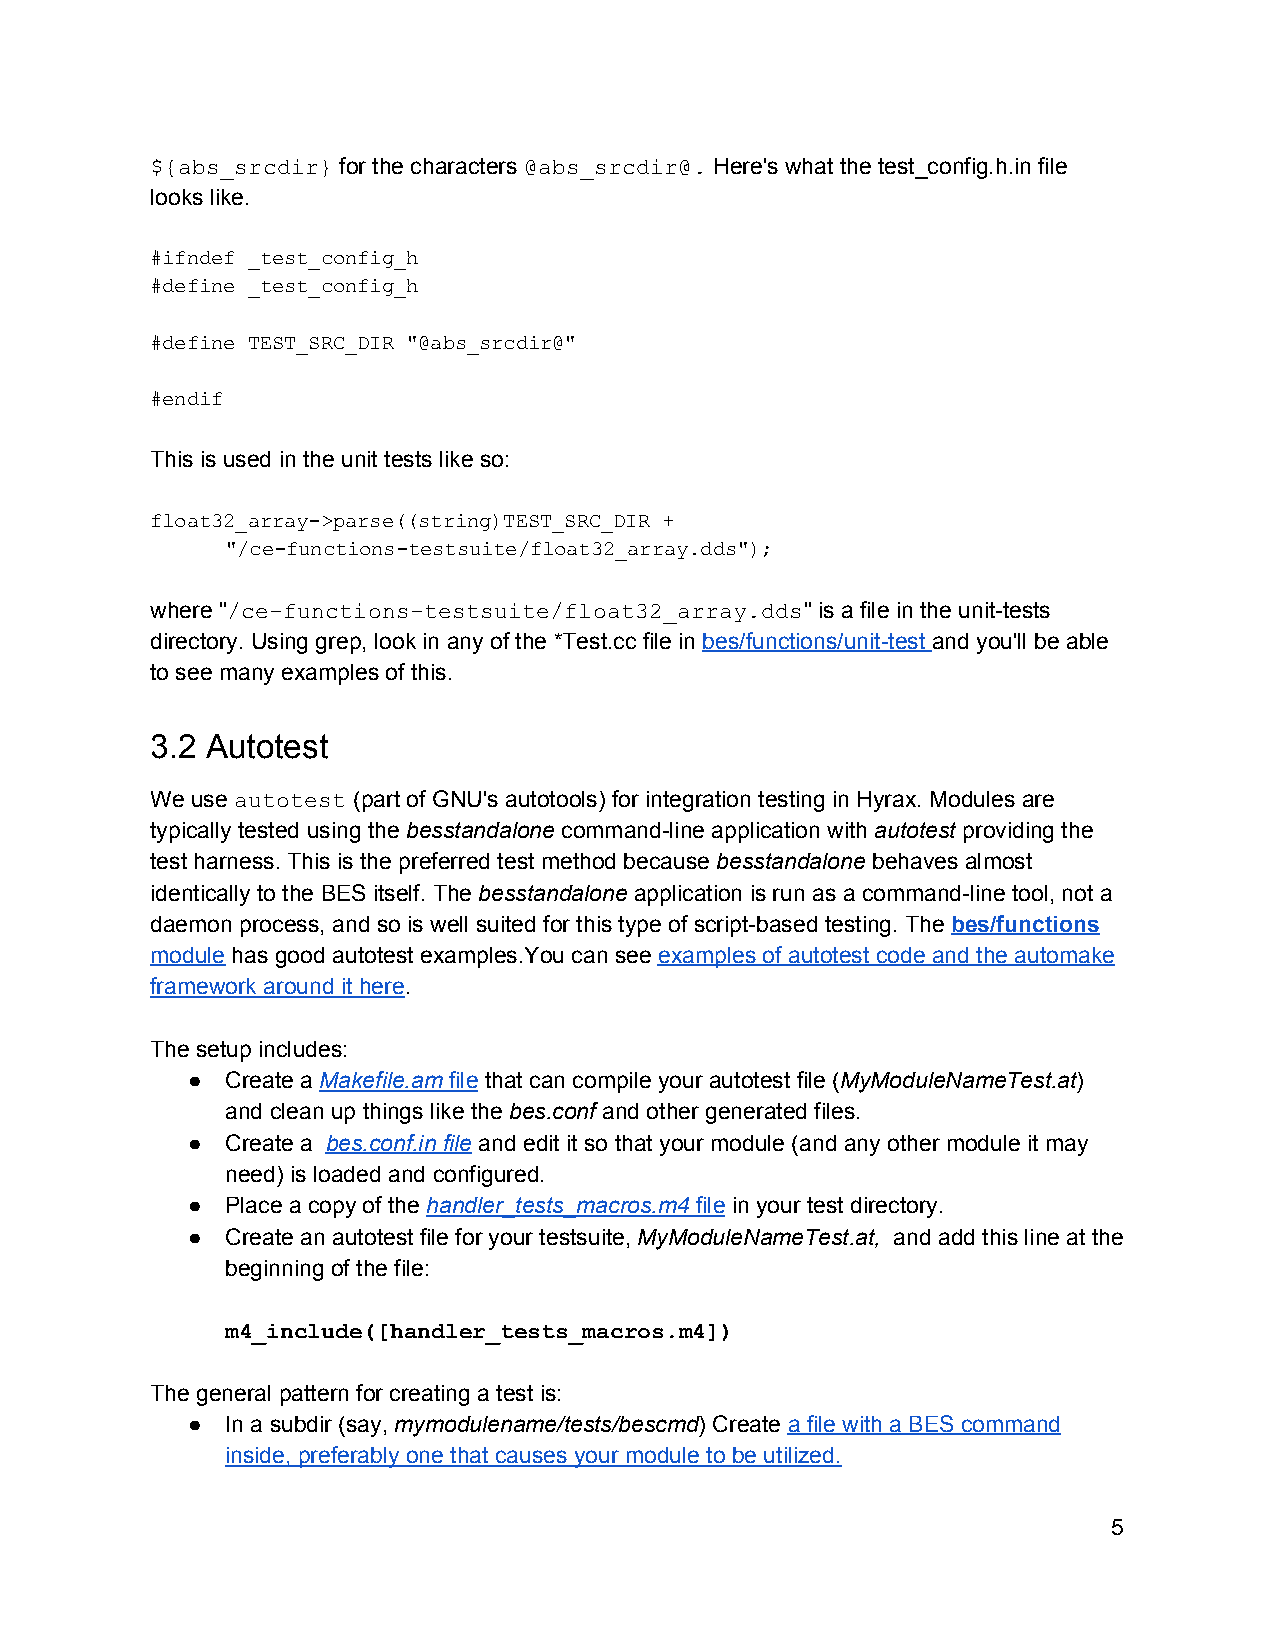
${abs_srcdir} for the characters @abs_srcdir@. Here's what the test_config.h.in file
 ​            ​           ​
 looks like.
 #ifndef _test_config_h
 #define _test_config_h
 #define TEST_SRC_DIR "@abs_srcdir@"
 #endif
 This is used in the unit tests like so:
 float32_array­>parse((string)TEST_SRC_DIR +
 "/ce­functions­testsuite/float32_array.dds");
 where "/ce­functions­testsuite/float32_array.dds" is a file in the unit­tests
 ​                                     ​
 directory. Using grep, look in any of the *Test.cc file in bes/functions/unit­test and you'll be able
 ​              ​
 to see many examples of this.
 3.2 Autotest
 We use autotest (part of GNU's autotools) for integration testing in Hyrax. Modules are
 ​       ​
 typically tested using the besstandalone command­line application with autotest providing the
 ​        ​                     ​    ​
 test harness. This is the preferred test method because besstandalone behaves almost
 ​         ​
 identically to the BES itself. The besstandalone application is run as a command­line tool, not a
 ​        ​
 daemon process, and so is well suited for this type of script­based testing. The bes/functions
 ​
 module has good autotest examples.You can see examples of autotest code and the automake
 ​                            ​
 framework around it here.
 ​
 The setup includes:
 ●  Create a Makefile.am file that can compile your autotest file (MyModuleNameTest.at)
 ​       ​  ​                       ​              ​
 and clean up things like the bes.conf and other generated files.
 ​     ​
 ●  Create a bes.conf.in file and edit it so that your module (and any other module it may
 ​        ​​
 need) is loaded and configured.
 ●  Place a copy of the handler_tests_macros.m4 file in your test directory.
 ​                ​  ​
 ●  Create an autotest file for your testsuite, MyModuleNameTest.at, and add this line at the
 ​               ​
 beginning of the file:
 m4_include([handler_tests_macros.m4])
 The general pattern for creating a test is:
 ●  In a subdir (say, mymodulename/tests/bescmd) Create a file with a BES command
 ​                   ​     ​
 inside, preferably one that causes your module to be utilized.
 5